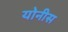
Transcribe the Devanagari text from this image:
योनीस